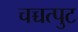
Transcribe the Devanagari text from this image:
चच्चत्पुट